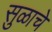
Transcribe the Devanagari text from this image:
सुळाचे